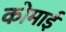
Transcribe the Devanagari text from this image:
कोमाई